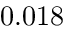
0 . 0 1 8